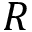
R